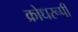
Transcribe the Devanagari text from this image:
क्रोधरूपी